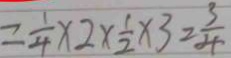
= \frac { 1 } { 4 } \times 2 \times \frac { 1 } { 2 } \times 3 = \frac { 3 } { 4 }